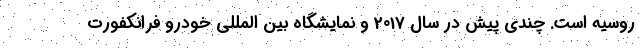
روسیه است. چندی پیش در سال 2017 و نمایشگاه بین المللی خودرو فرانکفورت